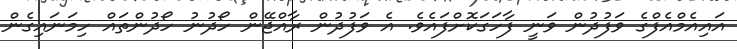
އައިއެމްއެފްގެ ވަފުދުން ވަނީ ފާހަގަކޮށްފައެވެ. އެ ވަފުދުން ރާއްޖޭން ހޯދުނު ހޯދުންތައް ހިމަނައިގެން